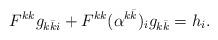
\begin{align*} F^{kk} g_{k\bar ki} + F^{kk}(\alpha^{k\bar k})_ig_{k\bar k} = h_i. \end{align*}